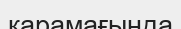
қарамағында